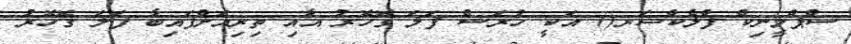
ސްޕްލީނިކް ފްލެކްޝަރ() އަކީ ހުރަސް ފަލަ ގޮހޮރު އާއި ތިރިއަށްފައިބާ ފަލަ ގޮހޮރު